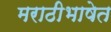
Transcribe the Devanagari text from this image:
मराठीभाषेत